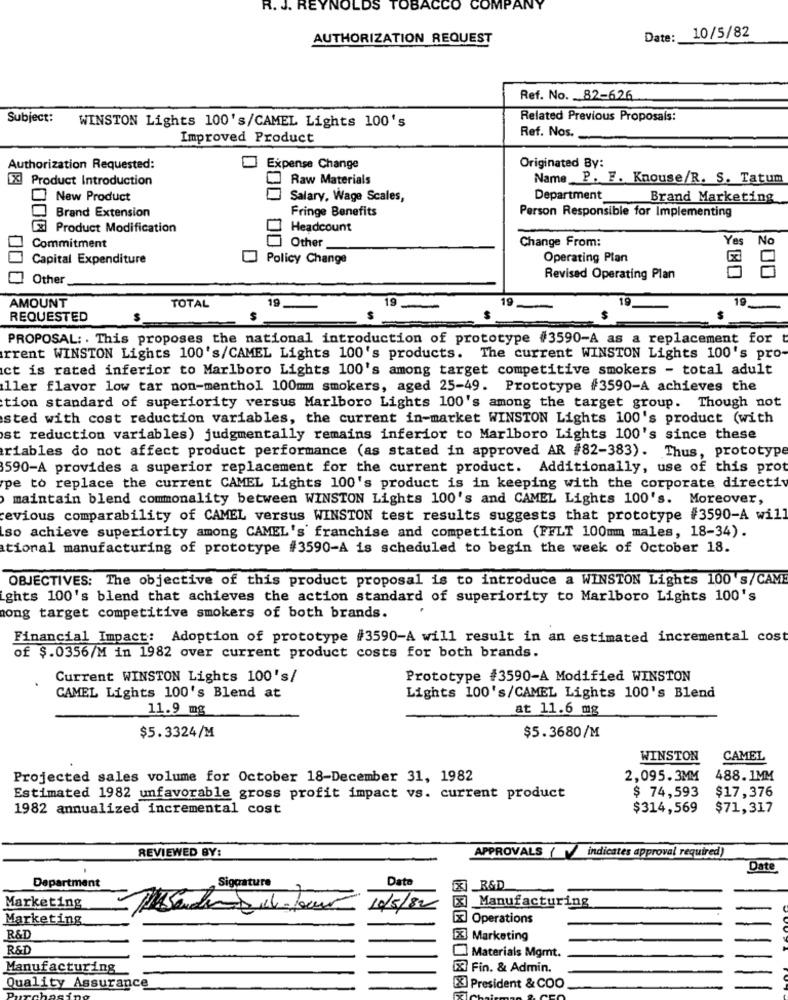
R. J. REYNOLDS TOBACCO COMPANY
AUTHORIZATION REQUEST
Date:
10/5/82
Ref. No. 82-626
Subject:
WINSTON Lights 100's/CAMEL Lights 100's
Related Previous Proposals:
Ref. Nos.
Improved Product
Originated By:
Authorization Requested:
Expense Change
[X] Product Introduction
Raw Materials
Name P. F. Knouse/R. S. Tatum
New Product
Salary, Wage Scales,
Department
Brand Marketing
Brand Extension
Fringe Benefits
Person Responsible for Implementing
XX Product Modification
Headcount
Other
Change From:
Yes
Commitment
Capital Expenditure
Policy Change
Operating Plan
Other
Revised Operating Plan
,00
AMOUNT
19
19
19
19
TOTAL
REQUESTED
PROPOSAL: . This proposes the national introduction of prototype #3590-A as a replacement for t
rrent WINSTON Lights 100's/CAMEL Lights 100's products. The current WINSTON Lights 100's pro-
ct is rated inferior to Marlboro Lights 100's among target competitive smokers - total adult
ller flavor low tar non-menthol 100mm smokers, aged 25-49. Prototype #3590-A achieves the
tion standard of superiority versus Marlboro Lights 100's among the target group. Though not
sted with cost reduction variables, the current in-market WINSTON Lights 100's product (with
ist reduction variables) judgmentally remains inferior to Marlboro Lights 100's since these
riables do not affect product performance (as stated in approved AR #82-383). Thus, prototype
3590-A provides a superior replacement for the current product. Additionally, use of this prot
pe to replace the current CAMEL Lights 100's product is in keeping with the corporate directiv
maintain blend commonality between WINSTON Lights 100's and CAMEL Lights 100's. Moreover,
revious comparability of CAMEL versus WINSTON test results suggests that prototype #3590-A will
so achieve superiority among CAMEL's franchise and competition (FFLT 100mm males, 18-34).
ational manufacturing of prototype #3590-A is scheduled to begin the week of October 18.
OBJECTIVES: The objective of this product proposal is to introduce a WINSTON Lights 100 's/CAME
ghts 100's blend that achieves the action standard of superiority to Marlboro Lights 100's
ong target competitive smokers of both brands.
Financial Impact: Adoption of prototype #3590-A will result in an estimated incremental cost
of $.0356/M in 1982 over current product costs for both brands.
Current WINSTON Lights 100's/
Prototype #3590-A Modified WINSTON
CAMEL Lights 100's Blend at
Lights 100's/CAMEL Lights 100's Blend
11.9 mg
at 11.6 mg
$5.3324/M
$5.3680/M
WINSTON
CAMEL
Projected sales volume for October 18-December 31, 1982
2,095.3MM
488.1MM
$ 74,593
$17,376
Estimated 1982 unfavorable gross profit impact vs. current product
1982 annualized incremental cost
$314,569
$71,317
REVIEWED BY:
indicates approval required)
APPROVALS
Date
Date
Department
Signature
[X] _R&D
Marketing
10/5/82
[x] Manufacturing
Marketing.
[] Operations
R&D
[X] Marketing
R&D
Materials Mgmt.
Manufacturing
[X] Fin. & Admin.
Quality Assurance
[X] President & COO